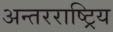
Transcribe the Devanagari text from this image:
अन्तरराष्ट्रिय